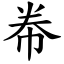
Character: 帣